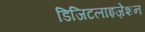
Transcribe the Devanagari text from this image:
डिजिटलाइज़ेशन